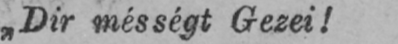
„Dir mésségt Gezei!